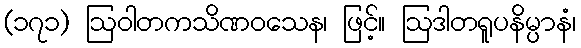
(၁၇၁) ဩဝါတကသိဏဝသေန၊ ဖြင့်။ ဩဒါတရူပနိမ္ပာနံ၊